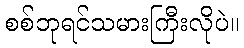
စစ်ဘုရင်သမားကြီးလိုပဲ။